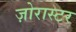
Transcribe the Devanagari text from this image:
ज़ोरास्टर